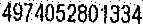
4974052801334